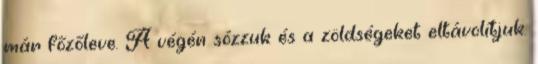
már főzőleve. A végén sózzuk és a zöldségeket eltávolítjuk.